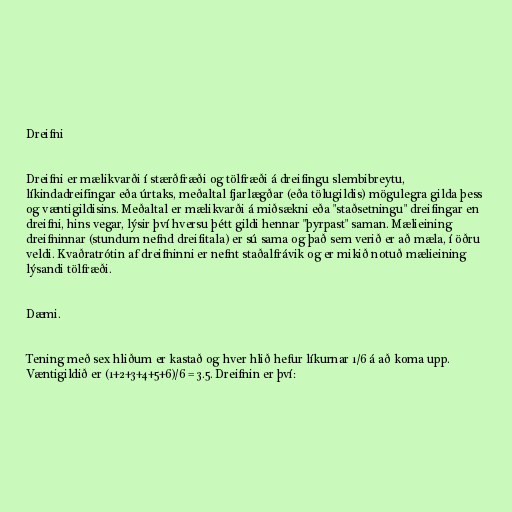
Dreifni

Dreifni er mælikvarði í stærðfræði og tölfræði á dreifingu slembibreytu,
líkindadreifingar eða úrtaks, meðaltal fjarlægðar (eða tölugildis) mögulegra gilda þess
og væntigildisins. Meðaltal er mælikvarði á miðsækni eða "staðsetningu" dreifingar en
dreifni, hins vegar, lýsir því hversu þétt gildi hennar "þyrpast" saman. Mælieining
dreifninnar (stundum nefnd dreifitala) er sú sama og það sem verið er að mæla, í öðru
veldi. Kvaðratrótin af dreifninni er nefnt staðalfrávik og er mikið notuð mælieining
lýsandi tölfræði.

Dæmi.

Tening með sex hliðum er kastað og hver hlið hefur líkurnar 1/6 á að koma upp.
Væntigildið er (1+2+3+4+5+6)/6 = 3.5. Dreifnin er því: